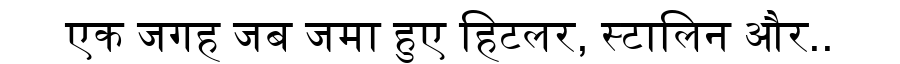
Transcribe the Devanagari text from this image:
एक जगह जब जमा हुए हिटलर, स्टालिन और..